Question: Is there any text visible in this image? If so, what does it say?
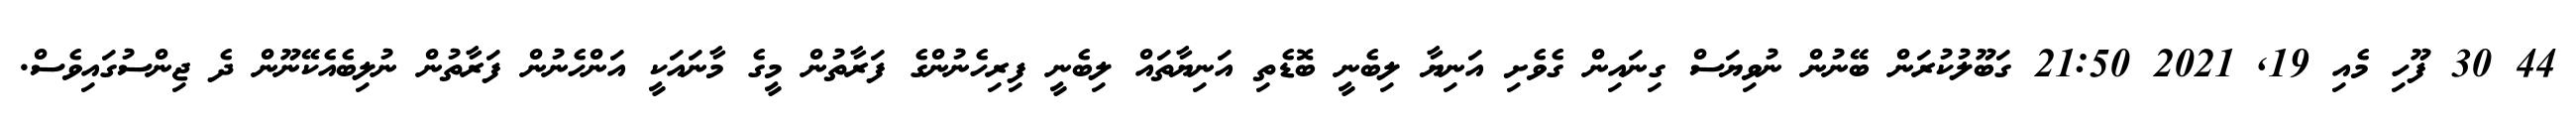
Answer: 44 30 ފޫހި މެއި 19, 2021 21:50 ގަބޫލުކުރަން ބޭނުން ނުވިޔަސް ގިނައިން ގެވެށި އަނިޔާ ލިބެނީ ބޮޑެތި އަނިޔާތައް ލިބެނީ ފިރިހެނުންގެ ފަރާތުން މީގެ މާނައަކީ އަންހެނުން ފަރާތުން ނުލިބެއެކޭނޫން ދެ ޖިންސުގައިވެސް.